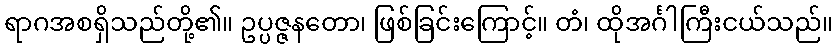
ရာဂအစရှိသည်တို့၏။ ဥပ္ပဇ္ဇနတော၊ ဖြစ်ခြင်းကြောင့်။ တံ၊ ထိုအင်္ဂါကြီးငယ်သည်။